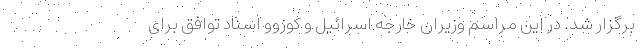
برگزار شد. در این مراسم وزیران خارجه اسرائیل و کوزوو اسناد توافق برای